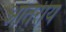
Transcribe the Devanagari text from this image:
आंतरीय